Distribution and causation of leprosy in British India
Year: 1875
Disease focus: Leprosy
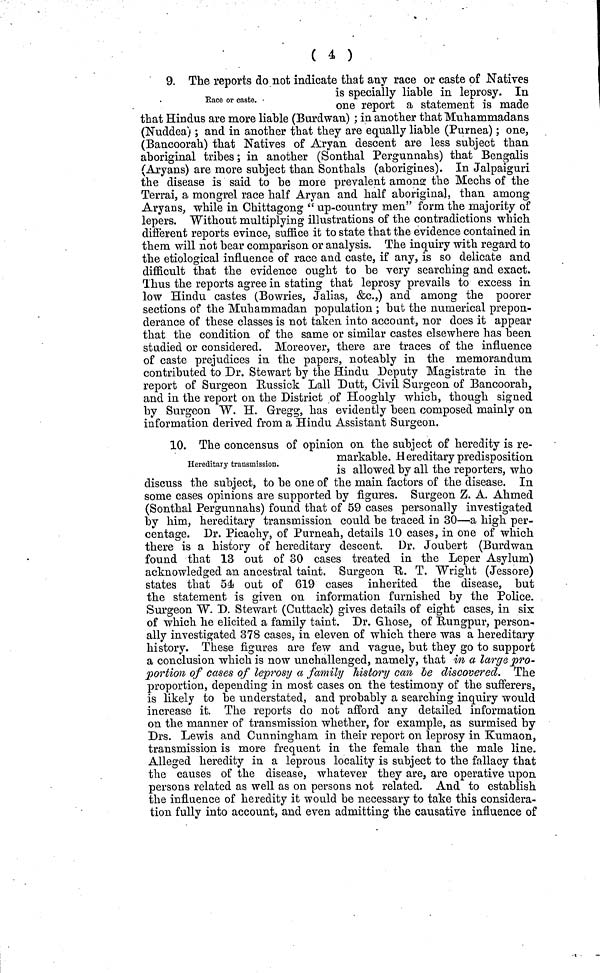
( 4 )
Race or caste.
9. The reports do not indicate that any race or caste of Natives
is specially liable in leprosy. In
one report a statement is made
that Hindus are more liable (Burdwan) ; in another that Muhammadans
(Nuddea) ; and in another that they are equally liable (Purnea) ; one,
(Bancoorah) that Natives of Aryan descent are less subject than
aboriginal tribes; in another (Sonthal Pergunnahs) that Bengalis
(Aryans) are more subject than Sonthals (aborigines). In Jalpaiguri
the disease is said to be more prevalent amone? the Mechs of the
Terrai, a mongrel race half Aryan and half aboriginal, than among
Aryans, while in Chittagong "up-country men" form the majority of
lepers. Without multiplying illustrations of the contradictions which
different reports evince, suffice it to state that the evidence contained in
them will not bear comparison or analysis. The inquiry with regard to
the etiological influence of race and caste, if any, is so delicate and
difficult that the evidence ought to be very searching and exact.
Thus the reports agree in stating that leprosy prevails to excess in
low Hindu castes (Bowries, Jalias, &c.,) and among the poorer
sections of the Muhammadan population ; but the numerical prepon-
derance of these classes is not taken into account, nor does it appear
that the condition of the same or similar castes elsewhere has been
studied or considered. Moreover, there are traces of the influence
of caste prejudices in the papers, noteably in the memorandum
contributed to Dr. Stewart by the Hindu Deputy Magistrate in the
report of Surgeon Russick Lall Dutt, Civil Surgeon of Bancoorah,
and in the report on the District of Hooghly which, though signed
by Surgeon W. H. Gregg, has evidently been composed mainly on
information derived from a Hindu Assistant Surgeon.
Hereditary transmission.
10. The concensus of opinion on the subject of heredity is re-
markable. Hereditary predisposition
is allowed by all the reporters, who
discuss the subject, to be one of the main factors of the disease. In
some cases opinions are supported by figures. Surgeon Z. A. Ahmed
(Sonthal Pergunnahs) found that of 59 cases personally investigated
by him, hereditary transmission could be traced in 30—a high per-
centage. Dr. Picachy, of Purneah, details 10 cases, in one of which
there is a history of hereditary descent. Dr. Joubert (Burdwan
found that 13 out of 80 cases treated in the Leper Asylum)
acknowledged an ancestral taint. Surgeon R. T. Wright (Jessore)
states that 54 out of 619 cases inherited the disease, but
the statement is given on information furnished by the Police.
Surgeon W. D. Stewart (Cuttack) gives details of eight cases, in six
of which he elicited a family taint. Dr. Ghose, of Rungpur, person-
ally investigated 378 cases, in eleven of which there was a hereditary
history. These figures are few and vague, but they go to support
a conclusion which is now unchallenged, namely, that in a large pro-
portion of cases of leprosy a family history can be discovered. The
proportion, depending in most cases on the testimony of the sufferers,
is likely to be understated, and probably a searching inquiry would
increase it. The reports do not afford any detailed information
on the manner of transmission whether, for example, as surmised by
Drs. Lewis and Cunningham in their report on leprosy in Kumaon,
transmission is more frequent in the female than the male line.
Alleged heredity in a leprous locality is subject to the fallacy that
the causes of the disease, whatever they are, are operative upon
persons related as well as on persons not related. And to establish
the influence of heredity it would be necessary to take this considera-
tion fully into account, and even admitting the causative influence of